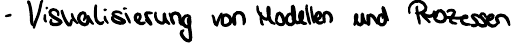
- Visualisierung von Modellen und Prozessen